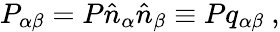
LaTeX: P_{\alpha\beta}=P\hat{n}_{\alpha}\hat{n}_{\beta}\equiv Pq_{\alpha\beta}~,